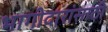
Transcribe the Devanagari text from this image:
भागीदारांसाठी